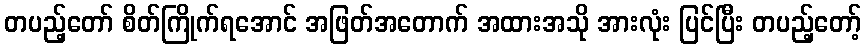
တပည့်တော် စိတ်ကြိုက်ရအောင် အဖြတ်အတောက် အထားအသို အားလုံး ပြင်ပြီး တပည့်တော့်